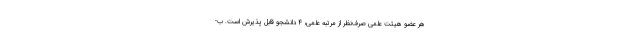
هر عضو هیئت علمی صرف‌نظر از مرتبه علمی، ۴ دانشجو قابل پذیرش است. ب-